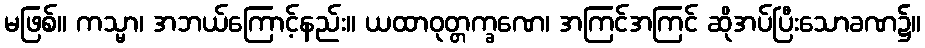
မဖြစ်။ ကသ္မာ၊ အဘယ်ကြောင့်နည်း။ ယထာဝုတ္တက္ခဏေ၊ အကြင်အကြင် ဆိုအပ်ပြီးသောခဏ၌။